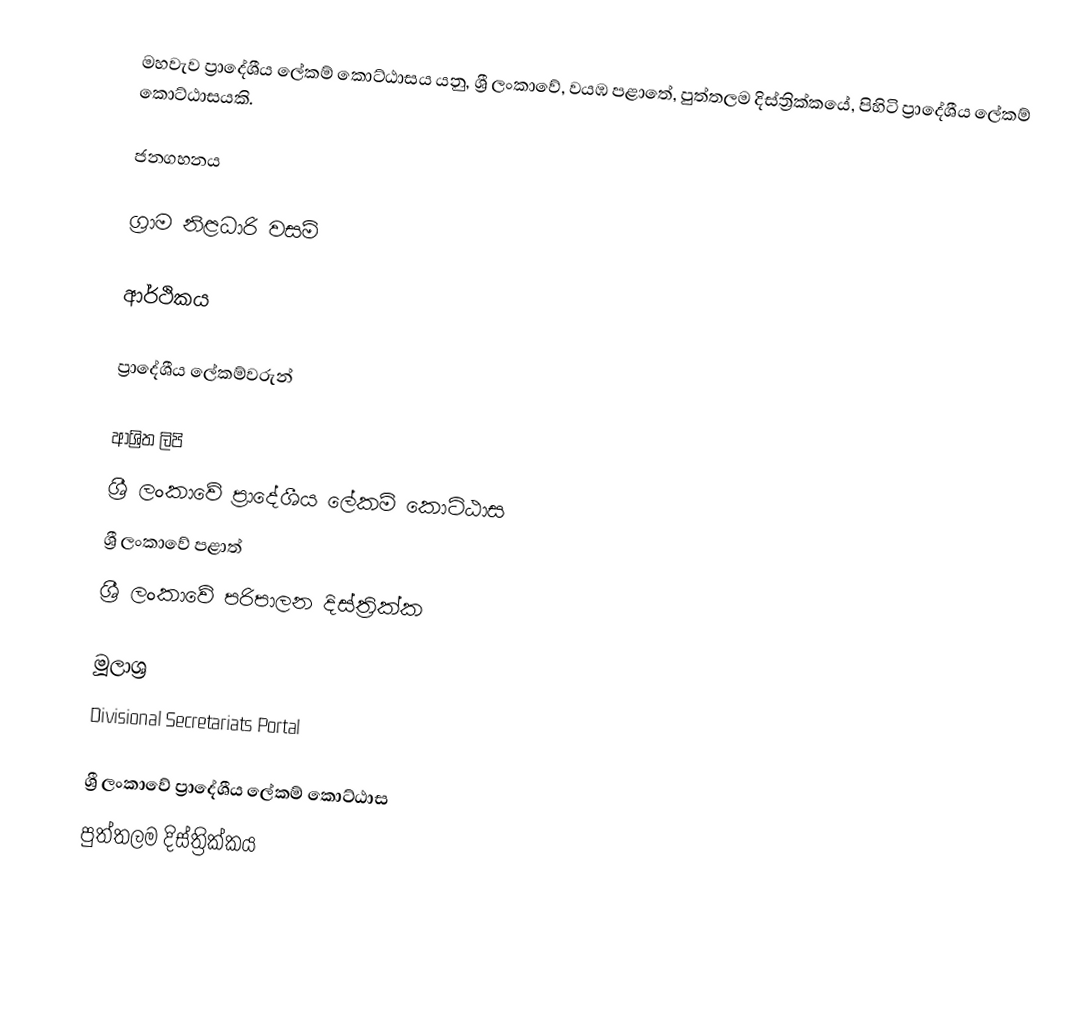
මහවැව ප්‍රාදේශීය ලේකම් කොට්ඨාසය යනු,  ශ්‍රී ලංකාවේ, වයඹ පළාතේ,   පුත්තලම දිස්ත්‍රික්කයේ, පිහිටි ප්‍රාදේශීය ලේකම් කොට්ඨාසයකි.

ජනගහනය

ග්‍රාම නිළධාරි වසම්

ආර්ථිකය

ප්‍රාදේශීය ලේකම්වරුන්

ආශ්‍රිත ලිපි
ශ්‍රී ලංකාවේ ප්‍රාදේශීය ලේකම් කොට්ඨාස
ශ්‍රී ලංකාවේ පළාත්
ශ්‍රී ලංකාවේ පරිපාලන දිස්ත්‍රික්ක

මූලාශ්‍ර
 Divisional Secretariats Portal

ශ්‍රී ලංකාවේ ප්‍රාදේශීය ලේකම් කොට්ඨාස
පුත්තලම දිස්ත්‍රික්කය